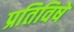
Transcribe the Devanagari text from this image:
प्रतिविषे